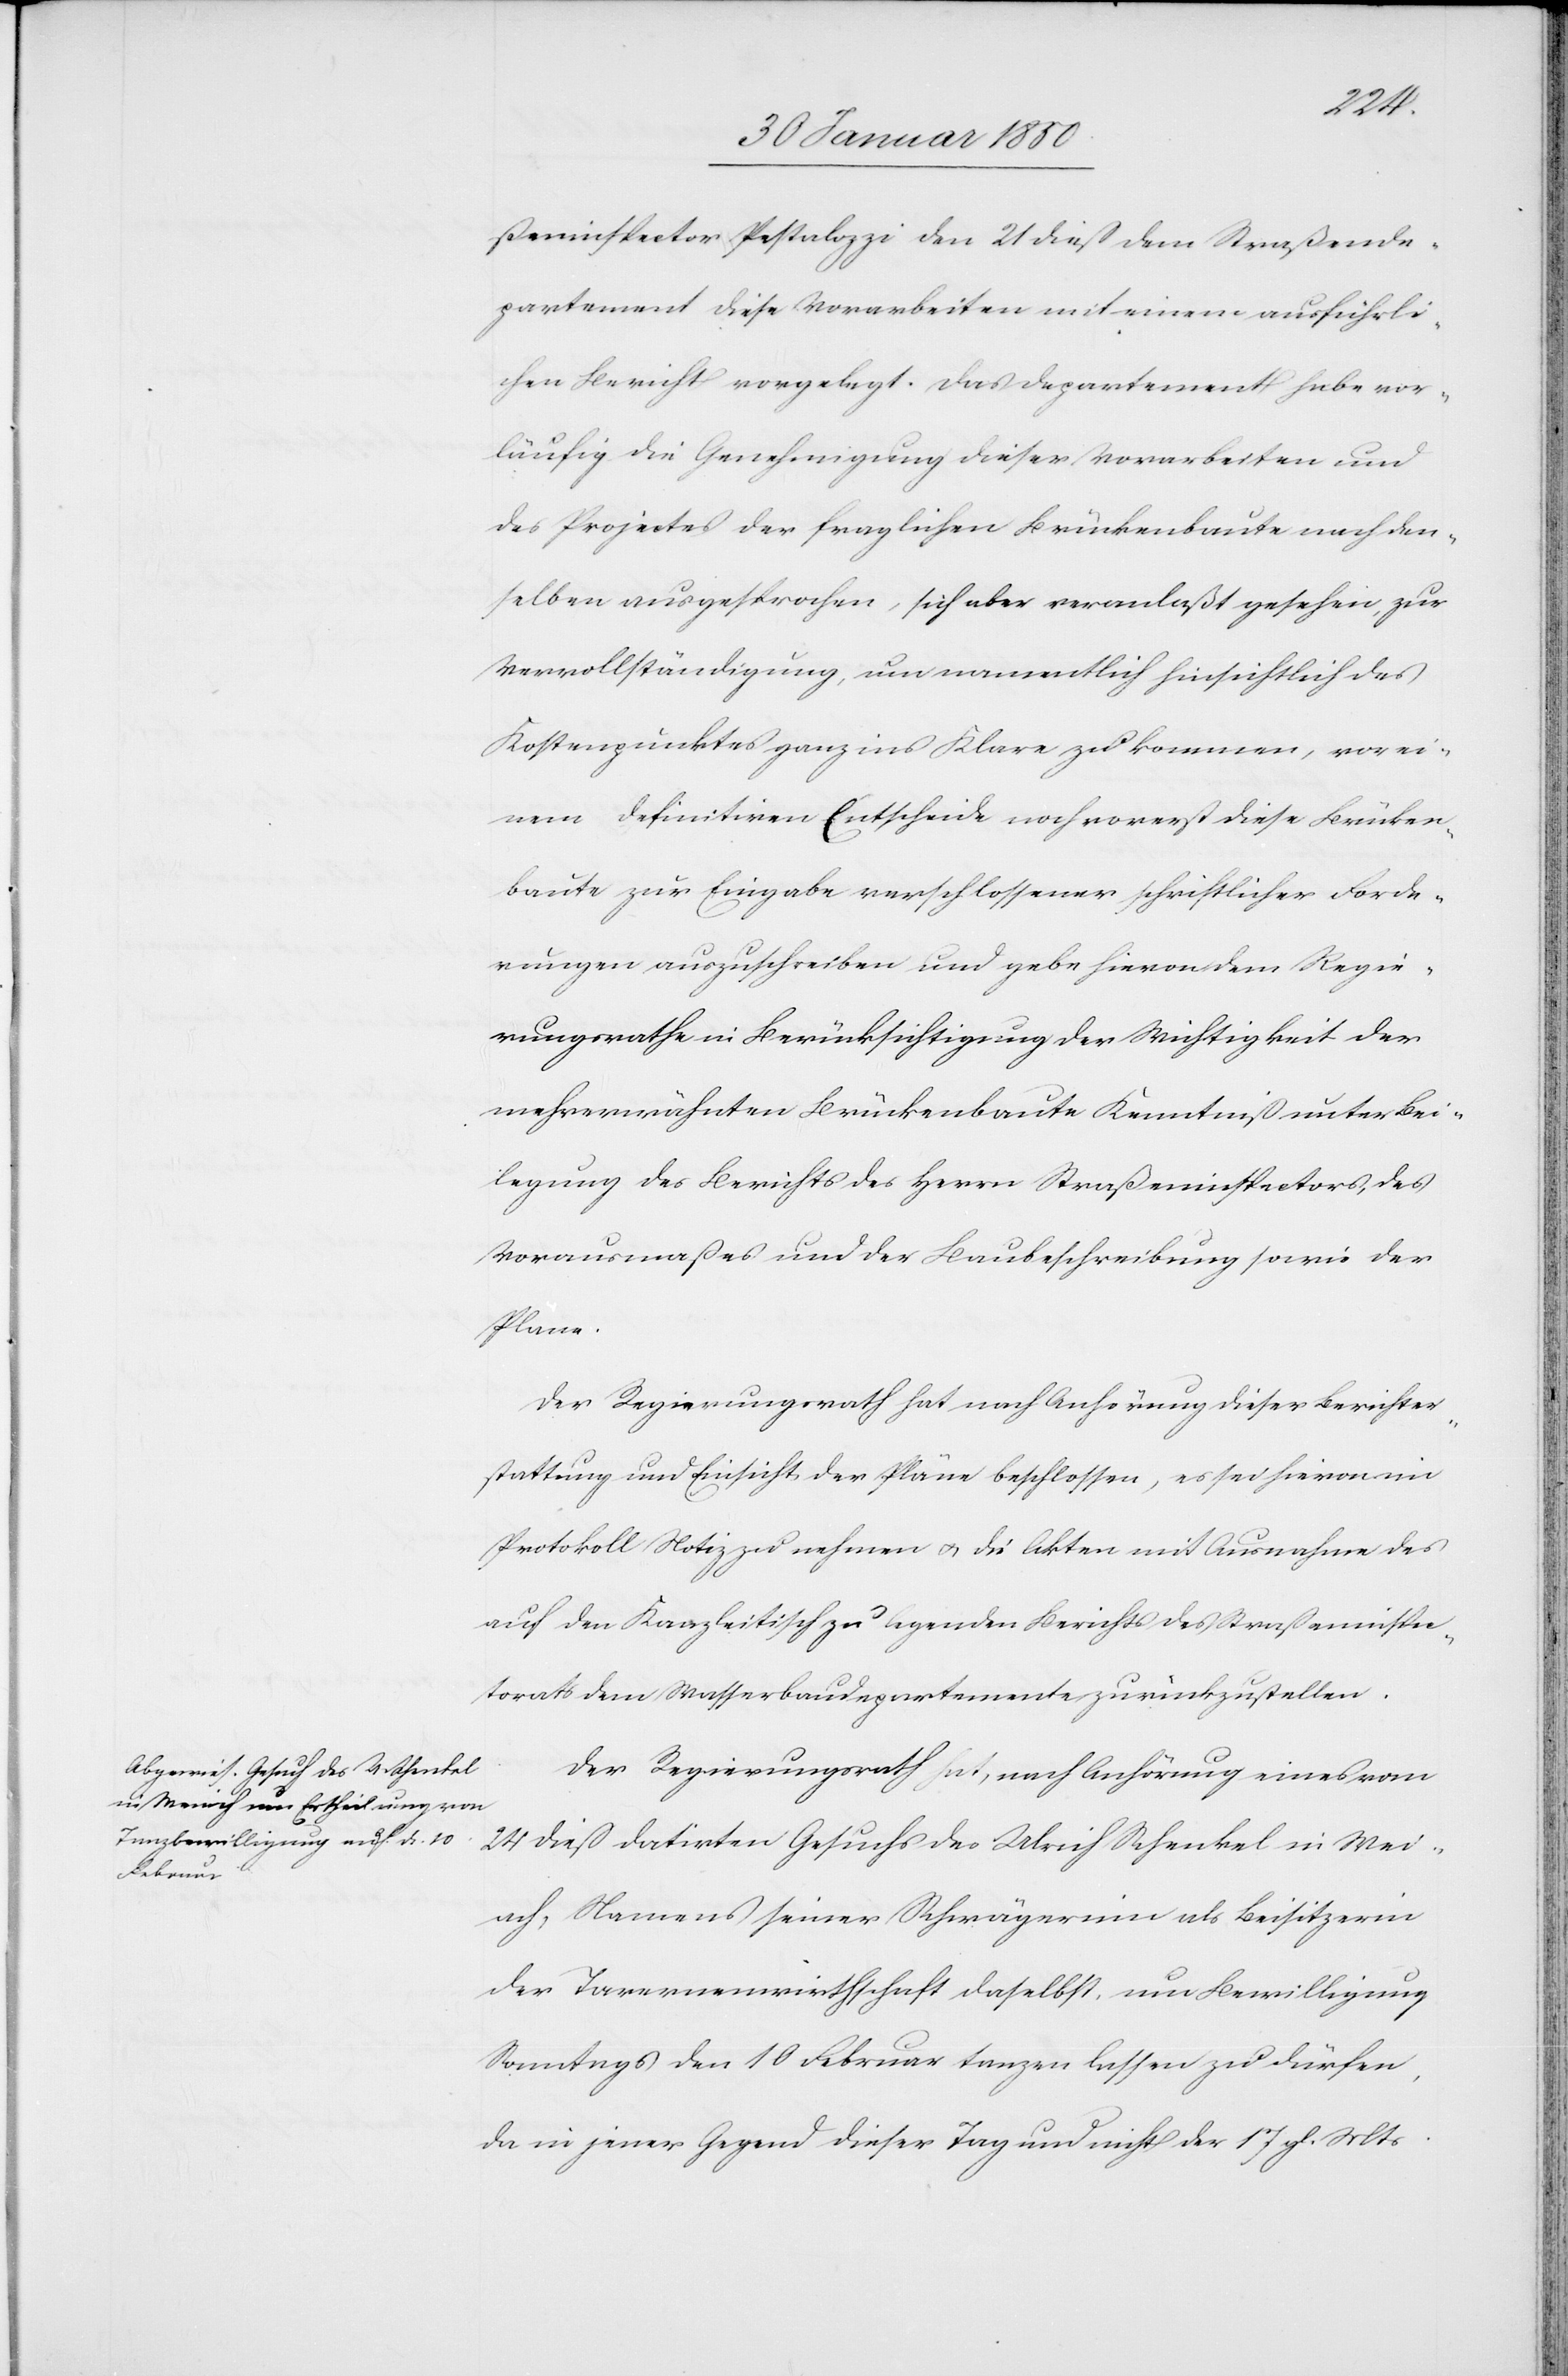
ßeninspector Pestalozzi den 21 dieß dem Straßende¬
partement diese Vorarbeiten mit einem ausführli¬
chen Bericht vorgelegt. Das Departement habe vor¬
läufig die Genehmigung dieser vorarbeiten und
des Projectes der fraglichen Brückenbaute nach den¬
selben ausgesprochen, sich aber veranlaßt gesehen, zur
Vervollständigung, um namentlich hinsichtlich des
Kostenpunktes ganz ins Klare zu kommen, vor ei¬
nem definitiven Entscheide noch vorerst diese Brücken¬
baute zur Eingabe verschlossener schriftlicher Forde¬
rungen auszuschreiben und gebe hievon dem Regie¬
rungsrathe in Berücksichtigung der Wichtigkeit der
mehrerwähnten Brückenbaute Kenntniß unter Bei¬
legung des Berichts des Herrn Straßeninspectors, des
Vorausmaßes und der Baubeschreibung sowie der
Plane.
Der Regierungsrath hat nach Anhörung dieser Berichter¬
stattung und Einsicht der Pläne beschlossen, es sei hievon im
Protokoll Notiz zu nehmen u. die Akten mit Ausnahme des
auf den Kanzleitisch zu legenden Berichts des Straßeninspec¬
torats dem Wasserbaudepartemente zurückzustellen.
Der Regierungsrath hat, nach Anhörung eines vom
24 dieß datirten Gesuchs des Ulrich Schenkel in Wei¬
ach, Namens seiner Schwägerinn als Beisitzerin
der Tavernenwirthschaft daselbst, um Bewilligung
Sonntags den 10 Februar tanzen lassen zu dürfen,
da in jener Gegend dieser Tag und nicht der 17 gl. Mts.